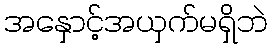
အနှောင့်အယှက်မရှိဘဲ